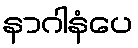
နာဂါနံပေ